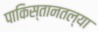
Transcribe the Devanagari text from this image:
पाकिस्तानतल्या